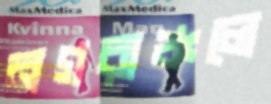
নগরাঞ্চলে